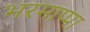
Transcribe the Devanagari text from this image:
भरमाप्पा